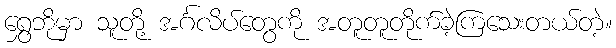
ရွှေဘိုမှာ သူတို့ အင်္ဂလိပ်တွေကို အတူတူတိုက်ခဲ့ကြသေးတယ်တဲ့။